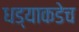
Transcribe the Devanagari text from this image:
धड्याकडेच